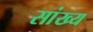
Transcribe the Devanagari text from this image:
सांख्‍य